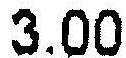
3.00